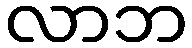
လာဘ